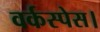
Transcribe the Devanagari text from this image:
वर्कस्पेस।